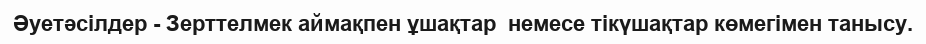
Әуетәсілдер - Зерттелмек аймақпен ұшақтар  немесе тікүшақтар көмегімен танысу.